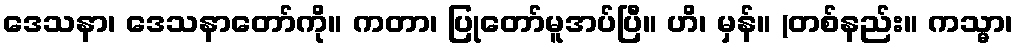
ဒေသနာ၊ ဒေသနာတော်ကို။ ကတာ၊ ပြုတော်မူအပ်ပြီ။ ဟိ၊ မှန်။ (တစ်နည်း။ ကသ္မာ၊